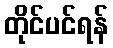
တိုင်ပင်ရန်